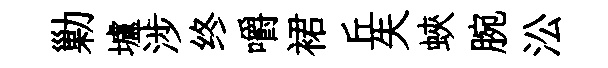
勦壚涉终嚼裙丘失蛺腕㳂